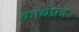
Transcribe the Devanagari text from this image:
कार्बप्रद